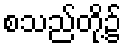
စသည်တို့၌